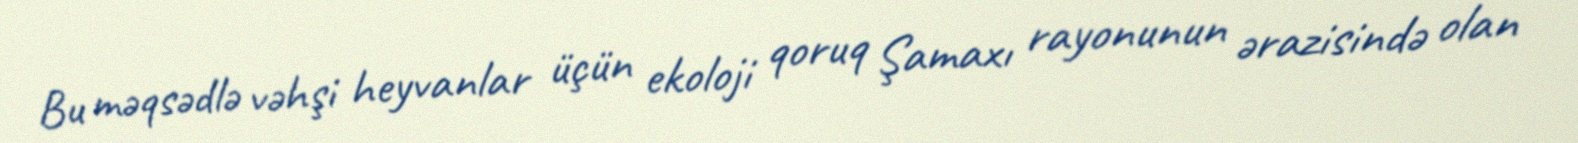
Bu məqsədlə vəhşi heyvanlar üçün ekoloji qoruq Şamaxı rayonunun ərazisində olan